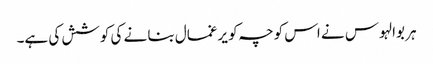
ہر بوالہوس نے اس کوچہ کو یرغمال بنا نے کی کوشش کی ہے۔